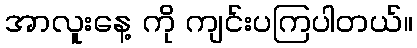
အာလူးနေ့ ကို ကျင်းပကြပါတယ်။